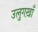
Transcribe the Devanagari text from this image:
उलुगख़ाँ